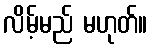
လိမ့်မည် မဟုတ်။